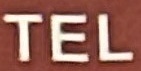
TEL